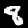
Label: 8